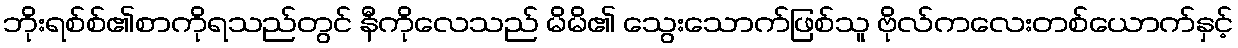
ဘိုးရစ်စ်၏စာကိုရသည်တွင် နီကိုလေသည် မိမိ၏ သွေးသောက်ဖြစ်သူ ဗိုလ်ကလေးတစ်ယောက်နှင့်